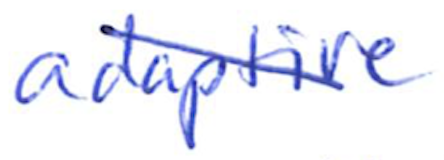
Text: adaptive
Cross-out: diagonal
Writing tool: ballpoint